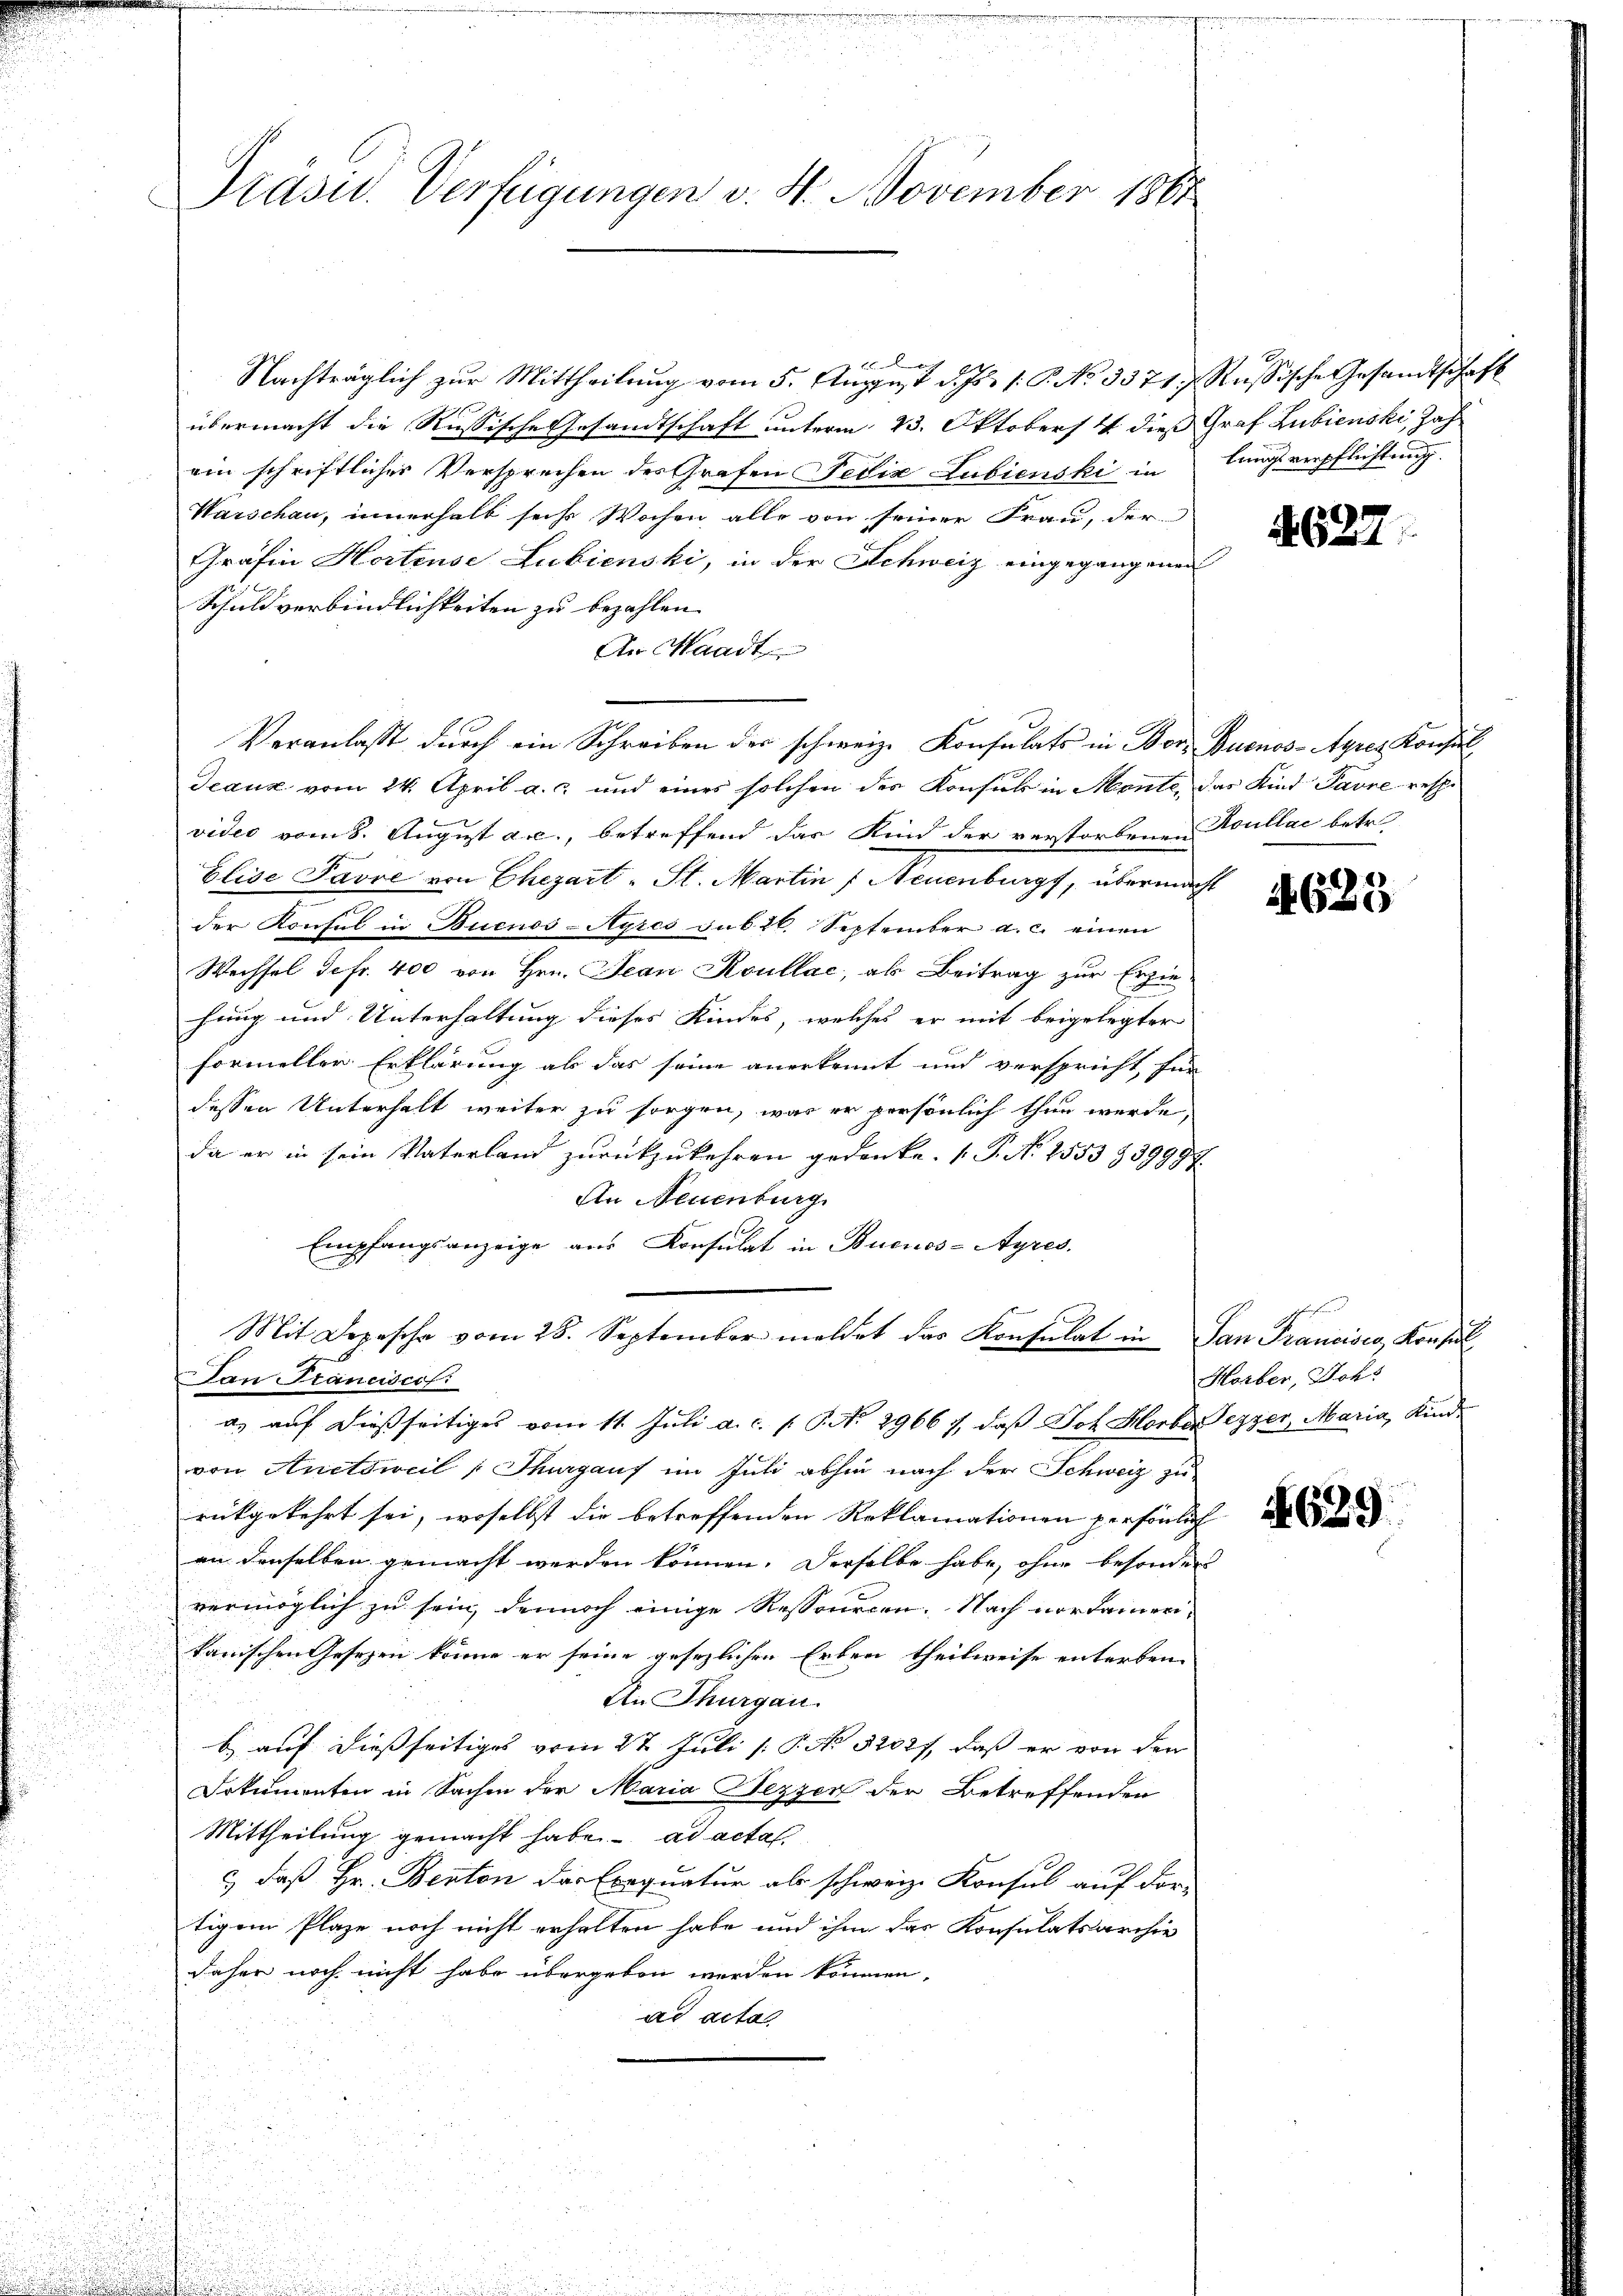
Präsid. Verfügungen v. 4. November 1861

26
Nachträglich zur Mittheilung vom 5. August d. Js. 1. P. No 3371. f. Russische Gesandtschaft
übermacht die Russische Gesandtschaft unterm 23. Oktober 4 dieß Graf Lubienski, Jahein schriftlicher Versprechen des Grafen Fedix Lubienski in
Warschau, innerhalb siche Wochen alle von seiner Frau, der
Gräfin Hortense Lubienski, in der Schweiz eingegangenen
Schuldverbindlichkeiten zu bezahlen.
An Waadt
Jeaus vom 24. April a. c. und eines solchen der Konsul in Monte, das Kind Pavre respe
video vom 8. August a.c., betreffend das Kind der verstorbenen Koullae betr.
Elise Favre von Chezart - St. Martin 7 Neuenburg, übermacht
der Konsul in Buenos-Ayres das 26. September a. c. einen
Wechsel de fr. 400 von Hrn. Jean Koullae, als Beitrag zur Erziehang und Unterhaltung dieses Kindes, welches er mit beigelegter
formeller Erklärung als das seine anerkennt und verspricht, für
dessen Unterhalt weiter zu sorgen, was er persönlich thun werde,
da er in sein Vaterland zurückzukehren gedenke. (T. No 1553 § 39997
An Neuenburg
Empfangsanzeige aus Konsulat in Buenos-Ayres.
Mit Depesche vom 28. September meldet das Konsulat in San Francisco, Konsul
Dan Franciscof:
a) auf dießseitiges vom 11. Juli a. c. p. P. No 2966 1, daß Joh. Horber Lezzer, Maria, Kinde
von Anetsweil, Thurgaus im Juli abhin nach der Schweiz zu
rückgekehrt sei, woselbst die betreffenden Reklamationen persönlich
an denselben gemacht werden können. Derselbe habe, ohne besonders
vermöglich zu sein, dennoch einige Ressourcen. Nach nordamerikanischen Gesezen könne er seine gesezlichen Erben theilweise enterben
An Thurgau.
b. auf dießseitiges vom 27. Juli [ P. No 5202), daß er von den
Dokumenten in Sachen der Maria Tezzen der Betreffenden
Mittheilung gemacht habe. ad acta
c) daß Hr. Benton der Exequatur als schweiz. Konsul auf der
tigem Plaze noch nicht erhalten habe und ihm das Konsulatsarchiv
daher noch nicht habe übergeben werden können.
ad acta

Veranlasst durch ein Schreiben der schweiz. Konsulats in Bern Buenos-Ayres Konsul

lungsverpflichtung

4627.

4625

Horber, Johs

4629.